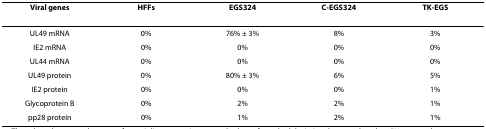
<table><thead><tr><td><b>Viral genes</b></td><td><b>HFFs</b></td><td><b>EGS324</b></td><td><b>C-EGS324</b></td><td><b>TK-EGS</b></td></tr></thead><tbody><tr><td>UL49 mRNA</td><td>0%</td><td>76% ± 3%</td><td>8%</td><td>3%</td></tr><tr><td>IE2 mRNA</td><td>0%</td><td>0%</td><td>0%</td><td>0%</td></tr><tr><td>UL44 mRNA</td><td>0%</td><td>0%</td><td>0%</td><td>0%</td></tr><tr><td>UL49 protein</td><td>0%</td><td>80% ± 3%</td><td>6%</td><td>5%</td></tr><tr><td>IE2 protein</td><td>0%</td><td>0%</td><td>0%</td><td>1%</td></tr><tr><td>Glycoprotein B</td><td>0%</td><td>2%</td><td>2%</td><td>1%</td></tr><tr><td>pp28 protein</td><td>0%</td><td>1%</td><td>2%</td><td>1%</td></tr></tbody></table>